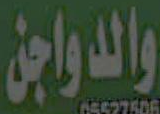
والدواجن